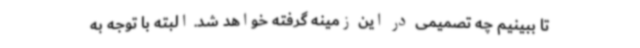
تا ببینیم چه تصمیمی در این زمینه گرفته خواهد شد. البته با توجه به